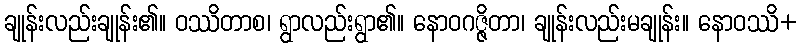
ချုန်းလည်းချုန်း၏။ ဝဿိတာစ၊ ရွာလည်းရွာ၏။ နောဝဂဇ္ဇိတာ၊ ချုန်းလည်းမချုန်း။ နောဝဿိ+